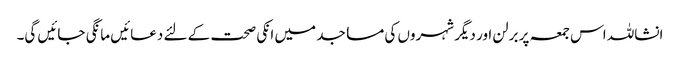
انشاللہ اس جمعہ پر برلن اور دیگر شہروں کی مساجد میں انکی صحت کے لئے دعائیں مانگی جائیں گی۔